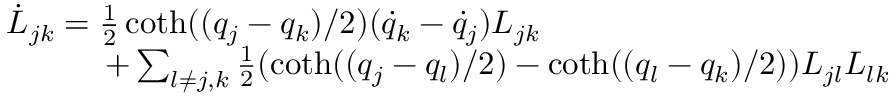
\begin{array} { l } { { \dot { L } _ { j k } = \frac { 1 } { 2 } \coth ( ( q _ { j } - q _ { k } ) / 2 ) ( \dot { q } _ { k } - \dot { q } _ { j } ) L _ { j k } } } \\ { { \quad \quad \quad + \sum _ { l \neq j , k } \frac { 1 } { 2 } ( \coth ( ( q _ { j } - q _ { l } ) / 2 ) - \coth ( ( q _ { l } - q _ { k } ) / 2 ) ) L _ { j l } L _ { l k } } } \end{array}